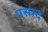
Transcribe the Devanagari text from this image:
पसम्द